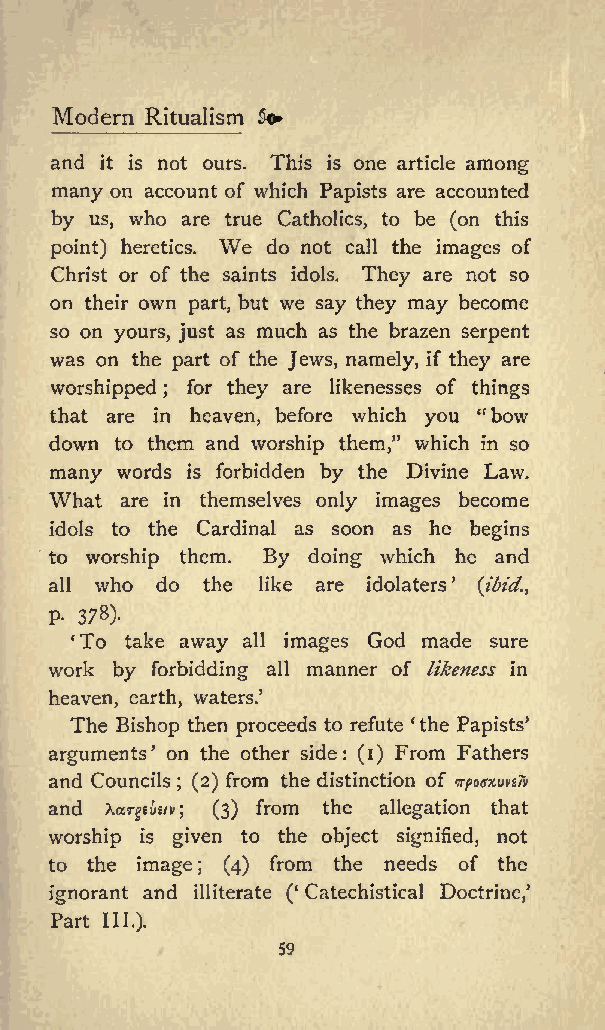
Modern Ritualism &
 and it is not ours. This is one article among
 many on account of which Papists are accounted
 by us, who are true Catholics, to be (on this
 We
 point) heretics. do not call the images of
 Christ or of the saints idols. They are not so
 on their own part, but we say they may become
 so on yours, just as much as the brazen serpent
 was on the part of the Jews, namely, if they are
 worshipped for they are likenesses of things
 ;
 that are in heaven, before which you &quot;bow
 down to them and worship them,&quot; which in so
 many words is forbidden by the Divine Law.
 What are in themselves only images become
 idols to the Cardinal as soon as he begins
 to worship them. By doing which he and
 all who do the like are idolaters (ibid.,
 P- 378).
 To take away all images God made sure
 work by forbidding all manner of likeness in
 heaven, earth, waters.
 The Bishop then proceeds to refute the Papists
 arguments on the other side: (i) From Fathers
 and Councils ; (2) from the distinction of vpoexuvsTv
 and Xargeiie/v; (3) from the allegation that
 worship is given to the object signified, not
 to the image; (4) from the needs of the
 ignorant and illiterate ( Catechistical Doctrine,
 Part
 III.).
 59